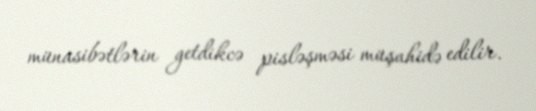
münasibətlərin getdikcə pisləşməsi müşahidə edilir.